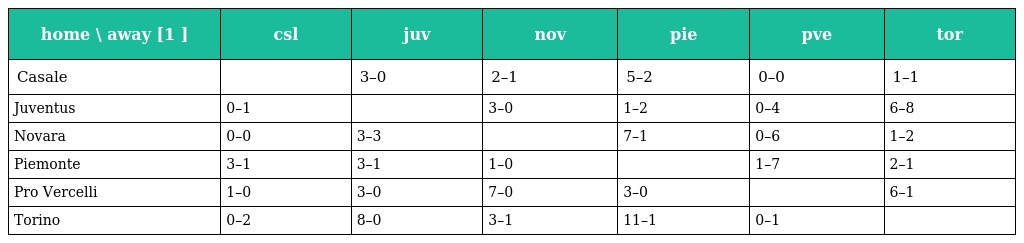
| home \ away [1 ] | csl | juv | nov | pie | pve | tor |
 | --- | --- | --- | --- | --- | --- | --- |
 | Casale |  | 3–0 | 2–1 | 5–2 | 0–0 | 1–1 |
 | Juventus | 0–1 |  | 3–0 | 1–2 | 0–4 | 6–8 |
 | Novara | 0–0 | 3–3 |  | 7–1 | 0–6 | 1–2 |
 | Piemonte | 3–1 | 3–1 | 1–0 |  | 1–7 | 2–1 |
 | Pro Vercelli | 1–0 | 3–0 | 7–0 | 3–0 |  | 6–1 |
 | Torino | 0–2 | 8–0 | 3–1 | 11–1 | 0–1 |  |